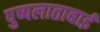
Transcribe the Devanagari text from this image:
पुष्पलाताबाई